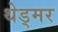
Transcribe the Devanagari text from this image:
थेड्मर